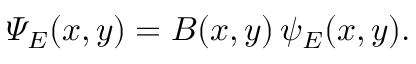
\varPsi _ { E } ( x , y ) = B ( x , y ) \, \psi _ { E } ( x , y ) .